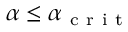
\alpha \leq \alpha _ { \mathrm { ~ c ~ r ~ i ~ t ~ } }